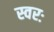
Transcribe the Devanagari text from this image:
स्वरः